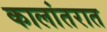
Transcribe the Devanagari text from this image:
कालांतरात